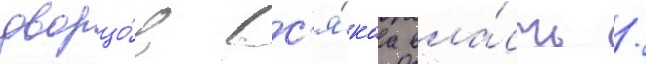
дворцо́в вс'я́каа вла́сть /